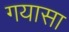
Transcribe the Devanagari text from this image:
गयासा